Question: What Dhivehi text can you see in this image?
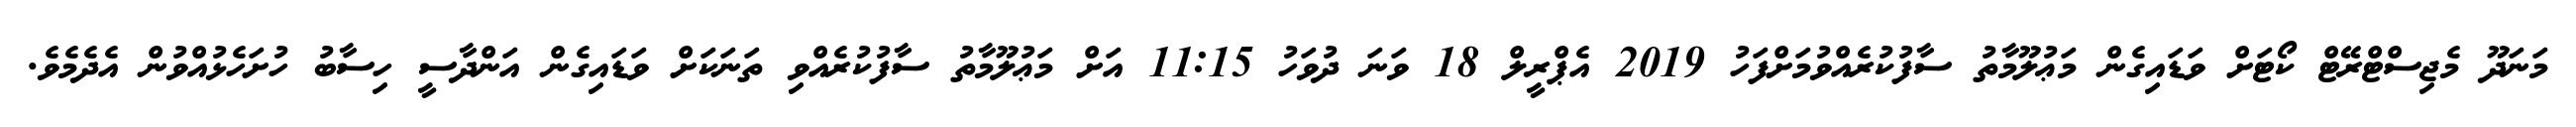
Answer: މަނަދޫ މެޖިސްޓްރޭޓް ކޯޓަށް ވަޑައިގެން މަޢުލޫމާތު ސާފުކުރެއްވުމަށްފަހު 2019 އެޕްރީލް 18 ވަނަ ދުވަހު 11:15 އަށް މަޢުލޫމާތު ސާފުކުރެއްވި ތަނަކަށް ވަޑައިގެން އަންދާސީ ހިސާބު ހުށަހެޅުއްވުން އެދެމެވެ.